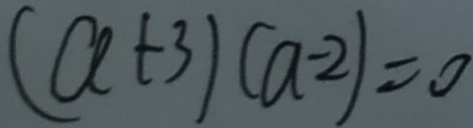
( a + 3 ) ( a - 2 ) = 0